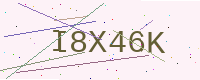
Text: I8X46K